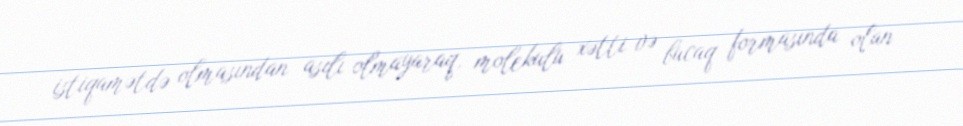
istiqamətdə olmasından asılı olmayaraq, molekulu xətti və bucaq formasında olan